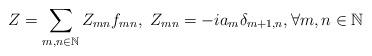
LaTeX: \begin{align*}Z=\sum_{m,n\in\mathbb{N}}Z_{mn}f_{mn},\ Z_{mn}=-ia_{m}\delta_{m+1,n}, \forall m,n\in\mathbb{N}\end{align*}